system: You are a helpful assistant.
user:
Analyze the provided spectrum to determine if it is a **Carbon Star (C-type)**.

- **Key Visual Indicators of Carbon Star:**
    - **(Primary):** Strong molecular absorption from **C₂ (diatomic carbon) "Swan Bands."** This is the **defining feature** of a carbon star.
        - **(Key Bandheads):** Sharp absorption edges are visible at approximately $5635$ Å, $5165$ Å (the strongest band), and $4737$ Å.
        - **(Line Profile):** Creates a distinct **"saw-tooth"** pattern. The key morphology is a sharp, steep bandhead on the **red (long-wavelength) side**, which then gradually tapers off (i.e., flux recovers) towards the **blue (short-wavelength) side**. *(This is the direct opposite of the TiO bands seen in M-type stars)*.

    - **(Secondary):** Intense **CN (cyanogen)** molecular absorption bands.
        - **(Key Bandheads):** Located in the blue and violet regions of the spectrum (e.g., near $4215$ Å and $3883$ Å).
        - **(Morphology):** These bands are extremely broad and act as a "blanket," absorbing the vast majority of blue and violet light. This creates a characteristic **"cliff"** or **"steep drop-off"** in the spectrum's flux at short wavelengths.

    - **(Key Confirmation):** Strong **CH absorption band (G-band)**.
        - **(Key Bandhead):** Located around $4300$ Å. The contribution from CH molecules to this band is exceptionally strong.

    - **(Overall Spectrum):**
        - The continuum is severely "chopped up" by these deep molecular bands, especially C₂, rather than appearing as a smooth curve.
        - Due to the heavy CN and C₂ absorption in the blue-green, the vast majority of the star's flux is concentrated in the red part of the spectrum, giving the star its characteristic deep red color.

Think first, call **spectral_visualization_tool** if needed to examine features in detail, then provide your final answer. Your response must adhere to the following strict rules:
1.  **Overall Structure:** Your response must follow the format `<think>...</think> <tool_call>...</tool_call> (if a tool is used) <answer>...</answer>`.
2.  **Tool Usage Constraint:** You may only make **one** tool call per turn.
3.  **Final Answer Format:** In the `<answer>` tag, your conclusion must be inside a `\boxed{}` command (e.g., `\boxed{YES}`), followed by your justification.

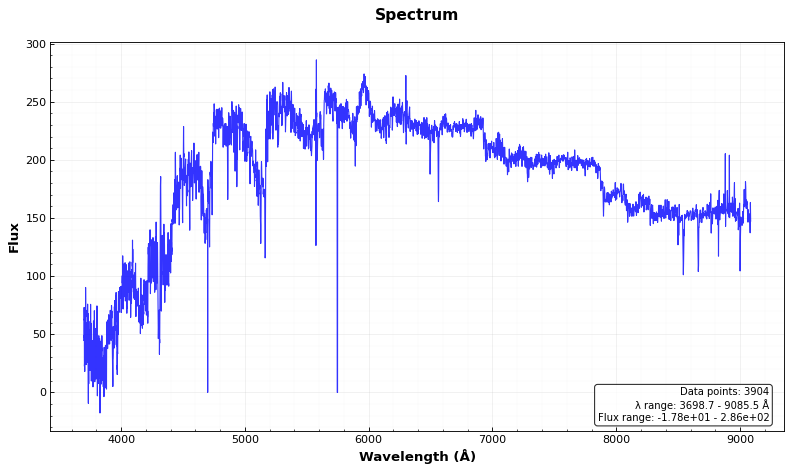
Answer: YES